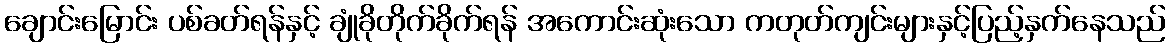
ချောင်းမြောင်း ပစ်ခတ်ရန်နှင့် ချုံခိုတိုက်ခိုက်ရန် အကောင်းဆုံးသော ကတုတ်ကျင်းများနှင့်ပြည့်နှက်နေသည်